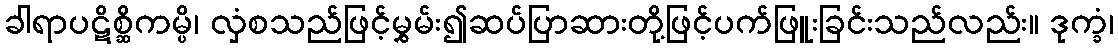
ခါရာပဋိစ္ဆိကမ္ပိ၊ လှံစသည်ဖြင့်မွှမ်း၍ဆပ်ပြာဆားတို့ဖြင့်ပက်ဖြူးခြင်းသည်လည်း။ ဒုက္ခံ၊